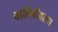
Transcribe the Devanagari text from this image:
वाहिनीवरचा